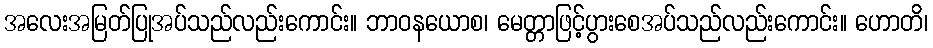
အလေးအမြတ်ပြုအပ်သည်လည်းကောင်း။ ဘာဝနယောစ၊ မေတ္တာဖြင့်ပွားစေအပ်သည်လည်းကောင်း။ ဟောတိ၊